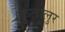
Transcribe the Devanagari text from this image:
कुतालुर